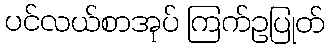
ပင်လယ်စာအုပ် ကြက်ဥပြုတ်